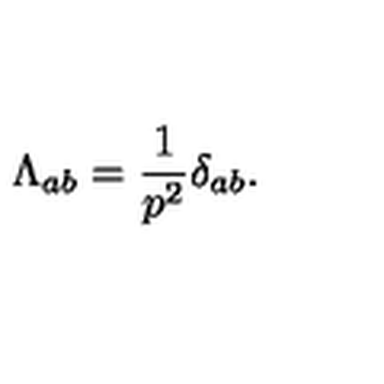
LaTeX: \Lambda _ { a b } = \frac { 1 } { p ^ { 2 } } \delta _ { a b } .